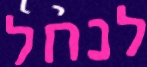
לנחל